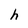
Character: h